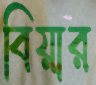
বিয়ার